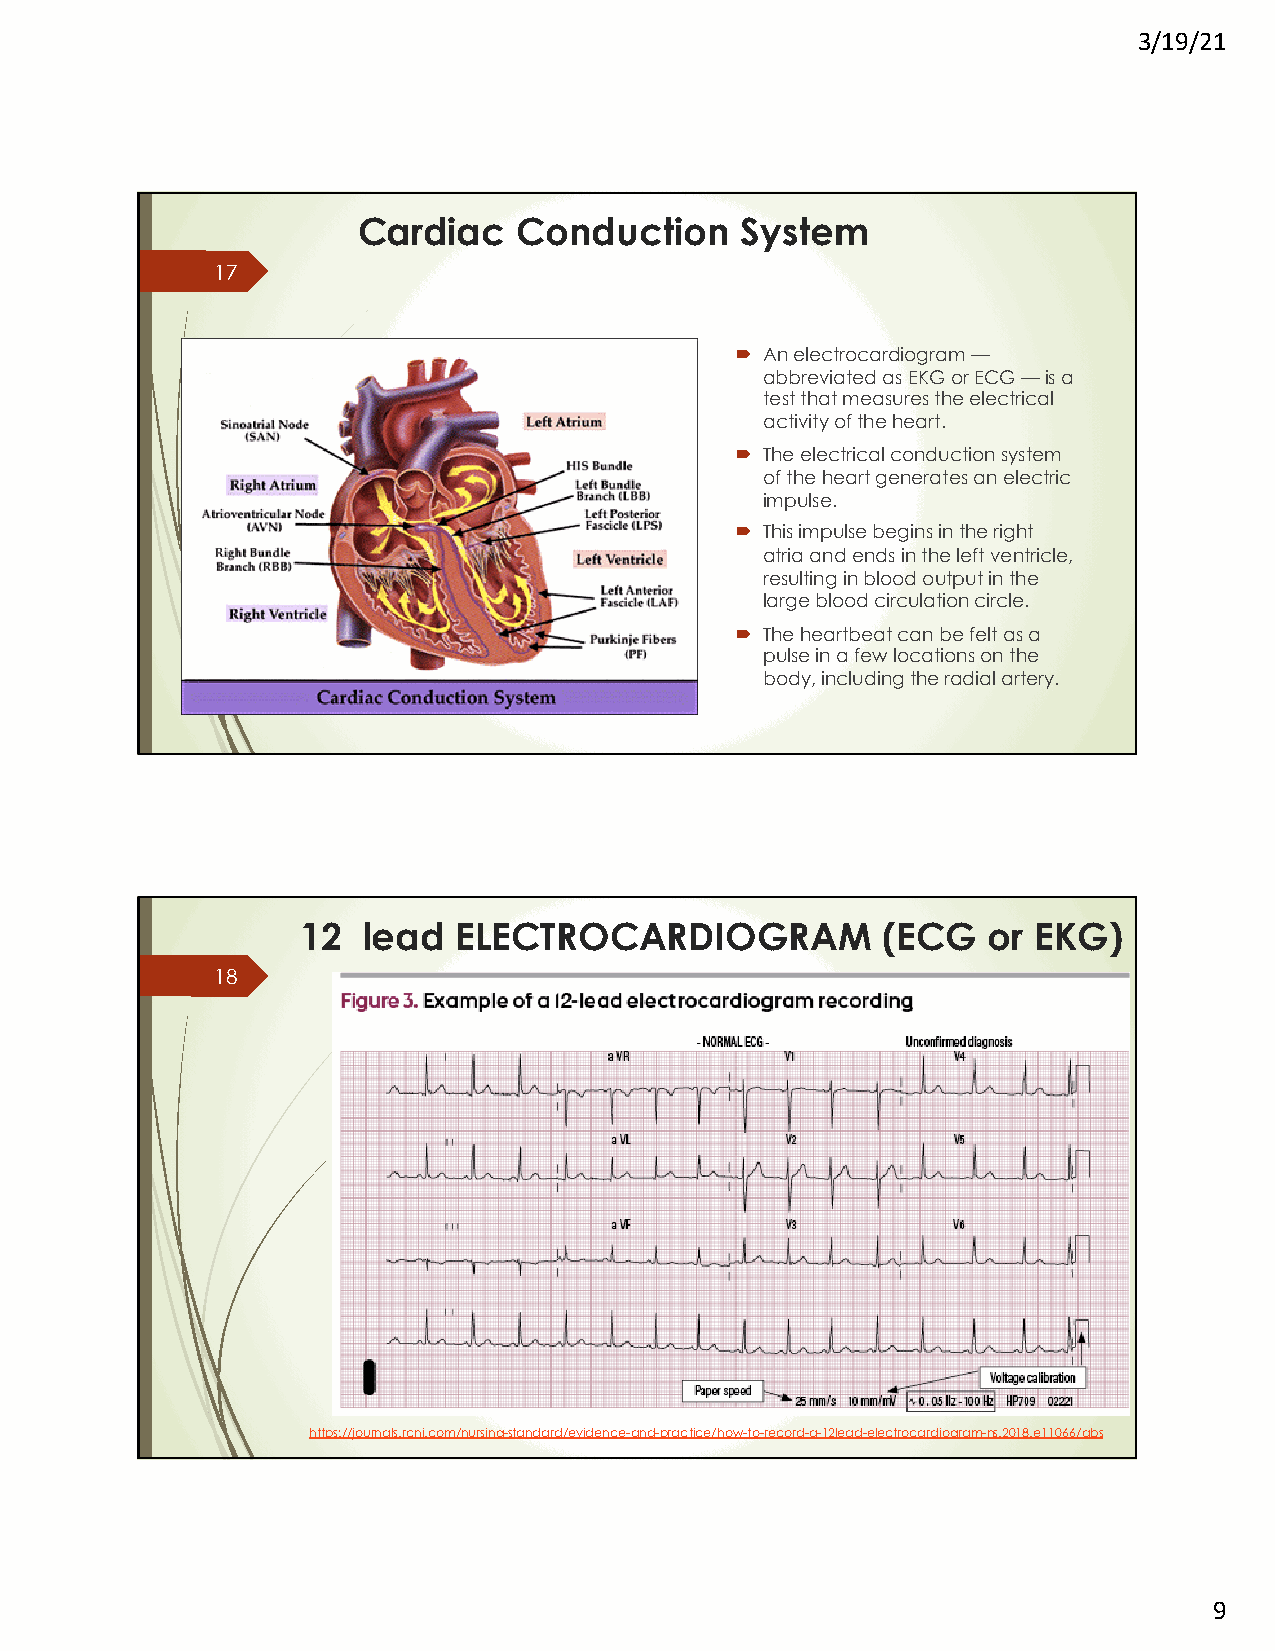
3/19/21
 Cardiac   Conduction     System
 17
 ´ An electrocardiogram —
 abbreviated as EKG or ECG —is a
 test that measures the electrical
 activity of the heart.
 ´ The electrical conduction system
 of the heart generates an electric
 impulse.
 ´ This impulse begins in the right
 atria and ends in the left ventricle,
 resulting in blood output in the
 large blood circulation circle.
 ´ The heartbeat can be felt as a
 pulse in a few locations on the
 body, including the radial artery.
 12  lead  ELECTROCARDIOGRAM           (ECG   or EKG)
 18
 https://journals.rcni.com/nursing-standard/evidence-and-practice/how-to-record-a-12lead-electrocardiogram-ns.2018.e11066/abs
 9